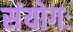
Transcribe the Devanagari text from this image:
संयोगः